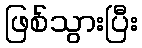
ဖြစ်သွားပြီး